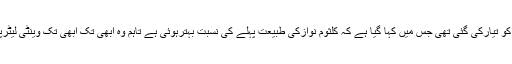
عدالت میں پیش کی گئی کلثوم نوازکی میڈیکل رپورٹ 27 جون کو تیارکی گئی تھی جس میں کہا گیا ہے کہ کلثوم نوازکی طبیعت پہلے کی نسبت بہترہوئی ہے تاہم وہ ابھی تک ابھی تک وینٹی لیٹرپرہیں اورانہیں وینٹی لیٹرہٹانے کا فی الحال حتمی فیصلہ نہیں ہوا۔